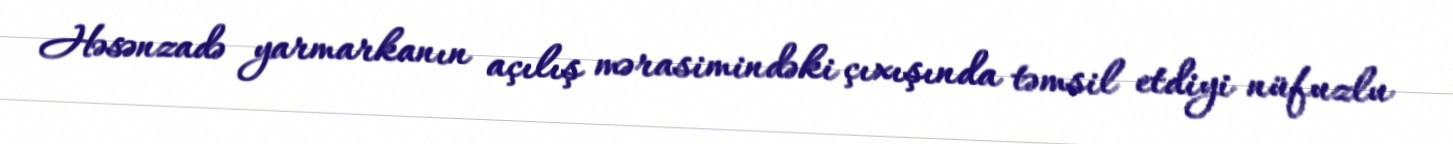
Həsənzadə yarmarkanın açılış mərasimindəki çıxışında təmsil etdiyi nüfuzlu